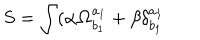
S = \int ( \alpha \mathbf { \Omega } _ { b _ { 1 } } ^ { a _ { 1 } } + \beta \delta _ { b _ { 1 } } ^ { a _ { 1 } }